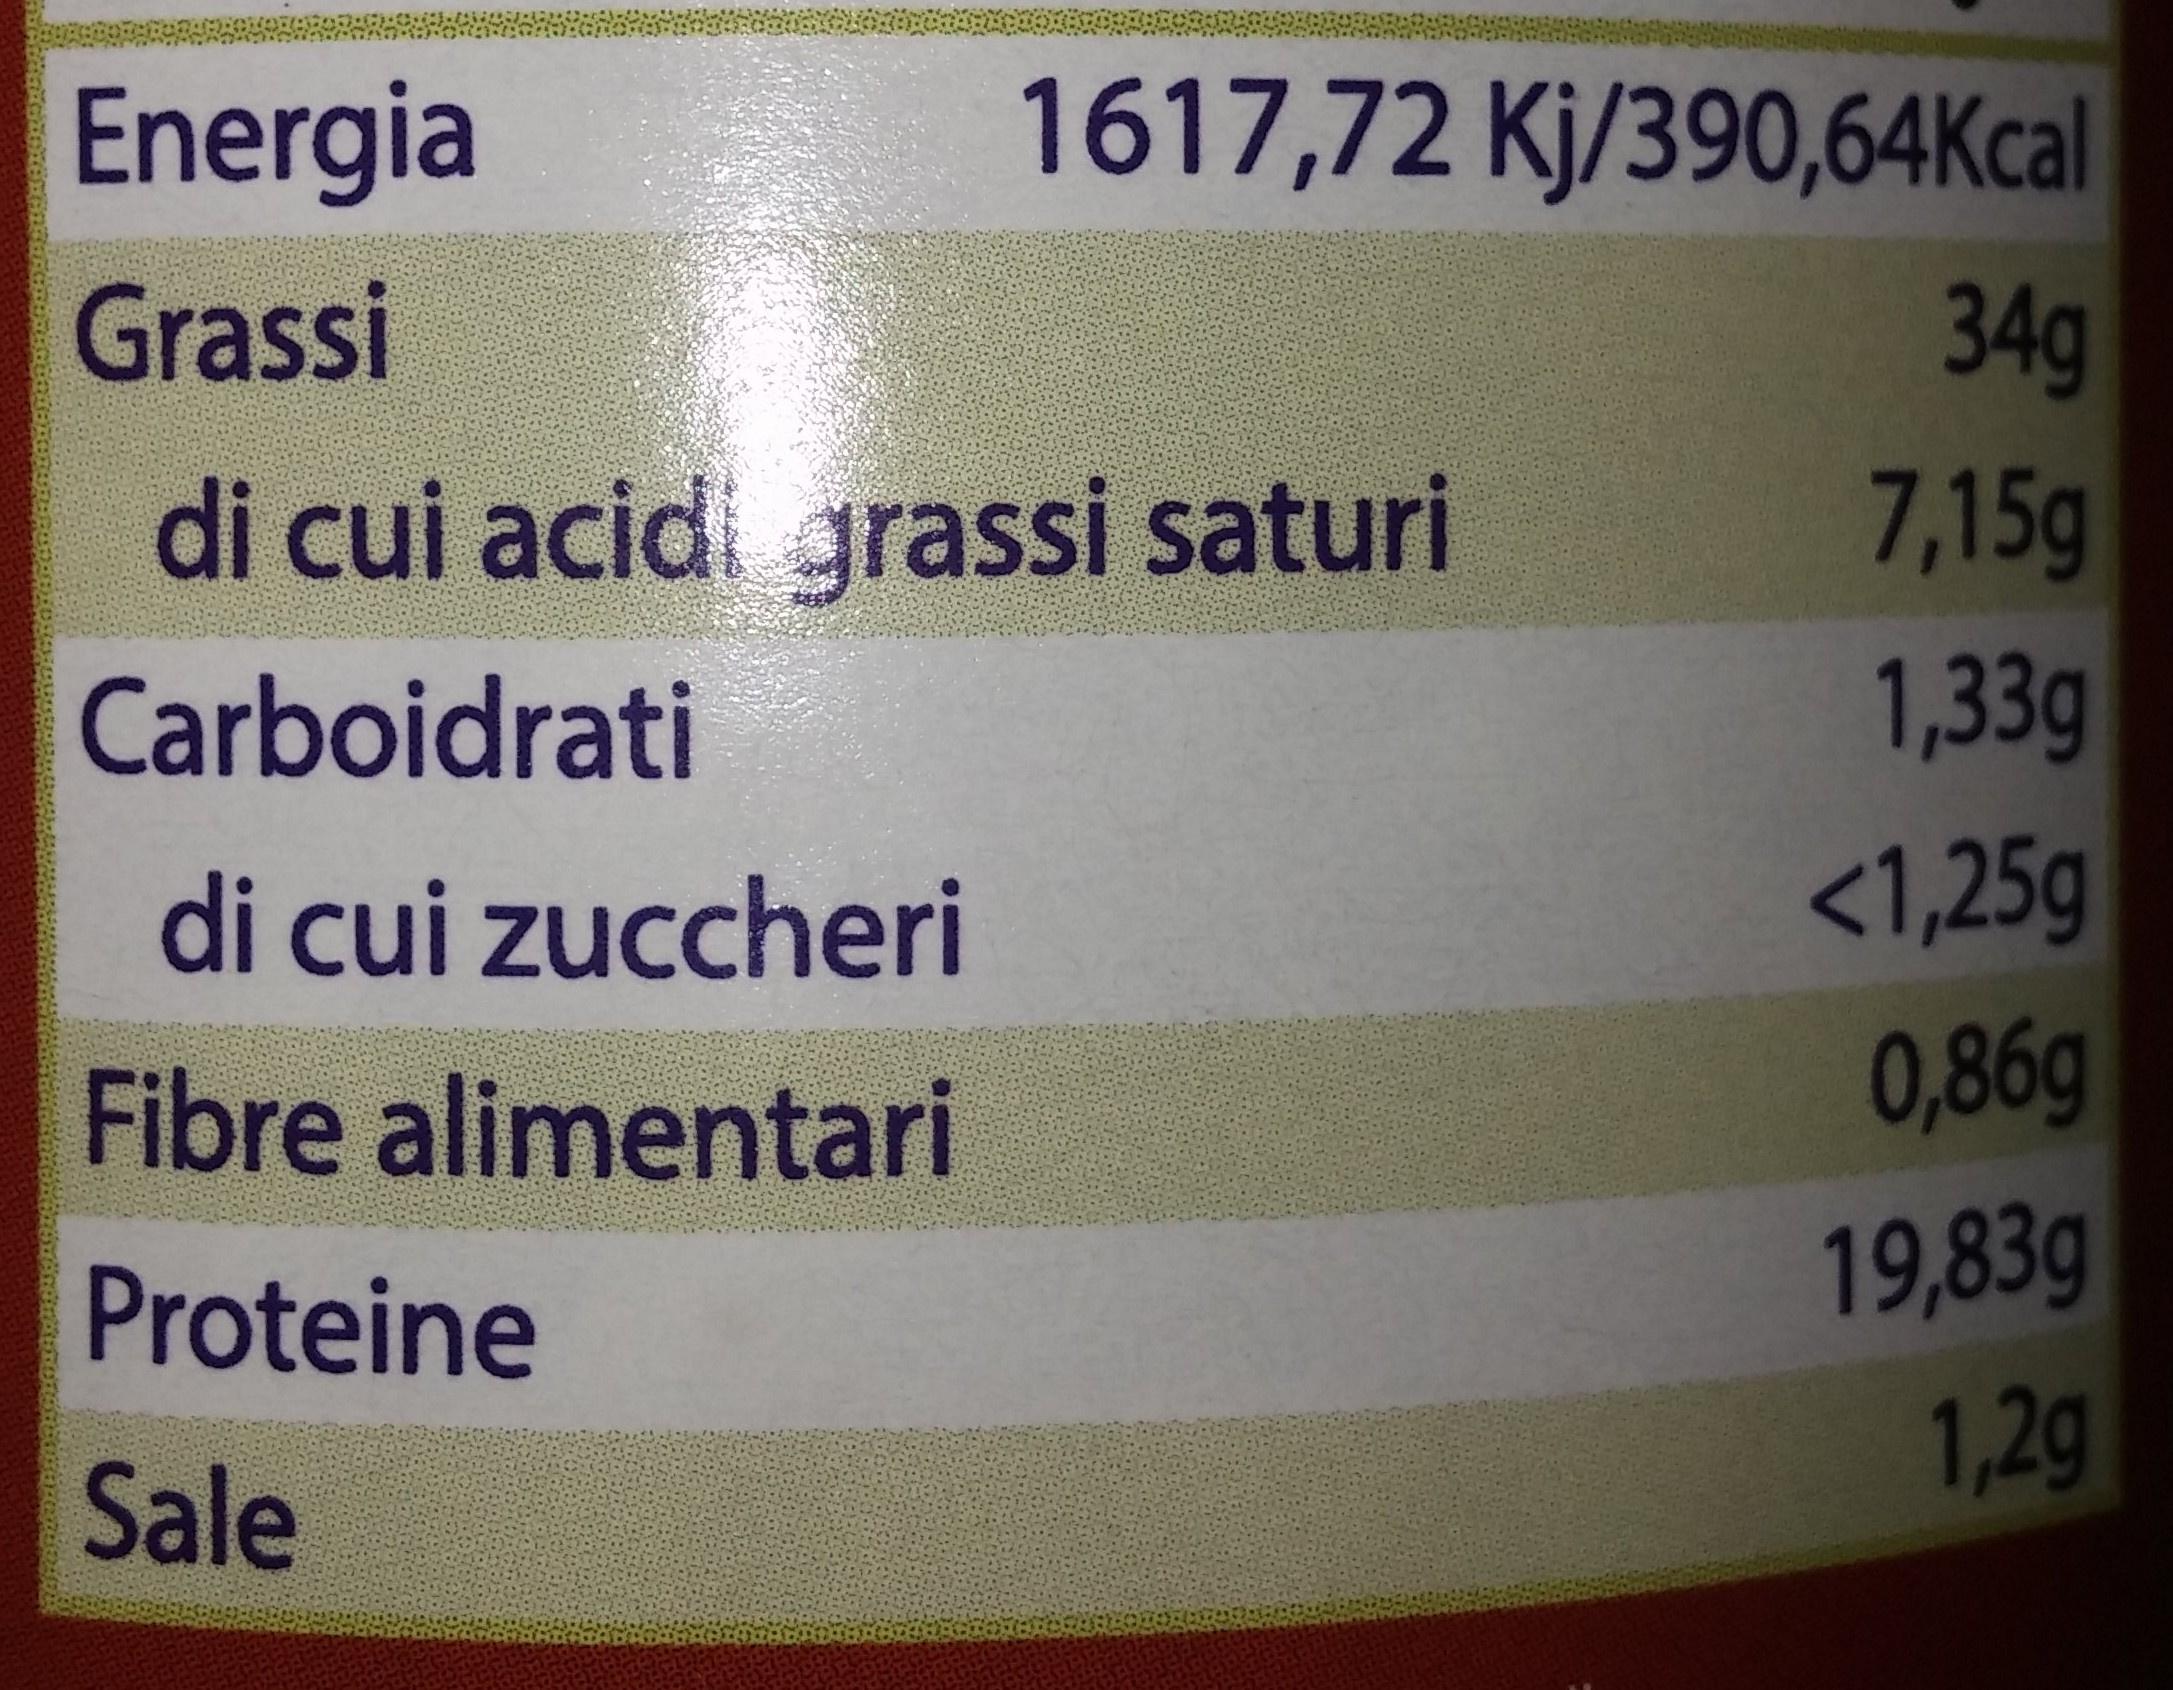
1617,72 Kj/390,64Kcal 34g 7,15g 1,33g <1,25g 0,86g 19,83g 1,2g Energia Grassi di cui acid grassi saturi Carboidrati di cui zuccheri Fibre alimentari Proteine Sale